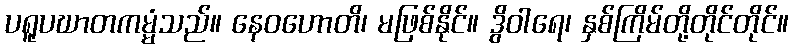
ပရူပဃာတကမ္မံသည်။ နေဝဟောတိ၊ မဖြစ်နိုင်။ ဒွိဝါရေ၊ နှစ်ကြိမ်တို့တိုင်တိုင်။